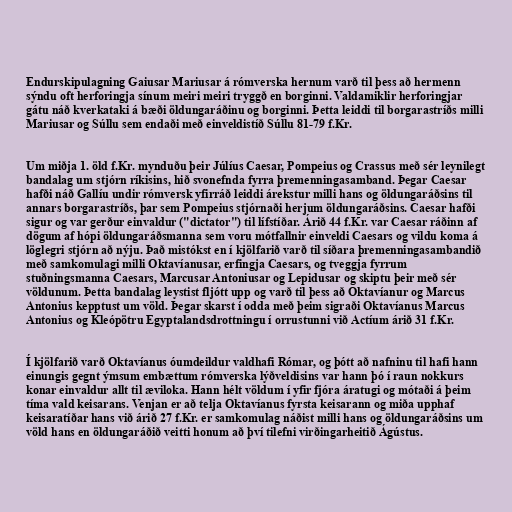
Endurskipulagning Gaiusar Mariusar á rómverska hernum varð til þess að hermenn
sýndu oft herforingja sínum meiri meiri tryggð en borginni. Valdamiklir herforingjar
gátu náð kverkataki á bæði öldungaráðinu og borginni. Þetta leiddi til borgarastríðs milli
Mariusar og Súllu sem endaði með einveldistíð Súllu 81-79 f.Kr.

Um miðja 1. öld f.Kr. mynduðu þeir Júlíus Caesar, Pompeius og Crassus með sér leynilegt
bandalag um stjórn ríkisins, hið svonefnda fyrra þremenningasamband. Þegar Caesar
hafði náð Gallíu undir rómversk yfirráð leiddi árekstur milli hans og öldungaráðsins til
annars borgarastríðs, þar sem Pompeius stjórnaði herjum öldungaráðsins. Caesar hafði
sigur og var gerður einvaldur ("dictator") til lífstíðar. Árið 44 f.Kr. var Caesar ráðinn af
dögum af hópi öldungaráðsmanna sem voru mótfallnir einveldi Caesars og vildu koma á
löglegri stjórn að nýju. Það mistókst en í kjölfarið varð til síðara þremenningasambandið
með samkomulagi milli Oktavíanusar, erfingja Caesars, og tveggja fyrrum
stuðningsmanna Caesars, Marcusar Antoniusar og Lepidusar og skiptu þeir með sér
völdunum. Þetta bandalag leystist fljótt upp og varð til þess að Oktavíanur og Marcus
Antonius kepptust um völd. Þegar skarst í odda með þeim sigraði Oktavíanus Marcus
Antonius og Kleópötru Egyptalandsdrottningu í orrustunni við Actíum árið 31 f.Kr.

Í kjölfarið varð Oktavíanus óumdeildur valdhafi Rómar, og þótt að nafninu til hafi hann
einungis gegnt ýmsum embættum rómverska lýðveldisins var hann þó í raun nokkurs
konar einvaldur allt til æviloka. Hann hélt völdum í yfir fjóra áratugi og mótaði á þeim
tíma vald keisarans. Venjan er að telja Oktavíanus fyrsta keisarann og miða upphaf
keisaratíðar hans við árið 27 f.Kr. er samkomulag náðist milli hans og öldungaráðsins um
völd hans en öldungaráðið veitti honum að því tilefni virðingarheitið Ágústus.